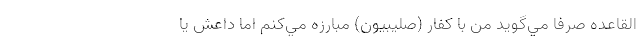
القاعده صرفا مي‌گويد من با كفار (صليبيون) مبارزه مي‌كنم اما داعش يا